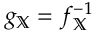
g _ { \mathbb { X } } = f _ { \mathbb { X } } ^ { - 1 }